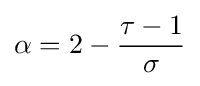
\alpha =2-{\frac {\tau -1}{\sigma }}\,\!